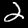
Digit: 2